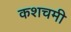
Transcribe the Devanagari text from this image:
कशचमी